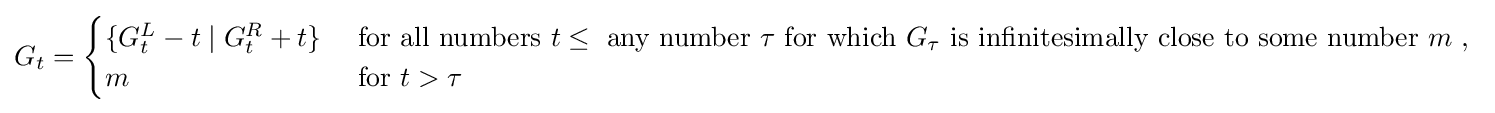
G_{t}={\begin{cases}\{G_{t}^{L}-t\mid G_{t}^{R}+t\}&{\text{ for all numbers }}t\leq {\text{ any number }}\tau {\text{ for which }}G_{\tau }{\text{ is infinitesimally close to some number }}m{\text{ , }}\\m&{\text{ for }}t>\tau \end{cases}}